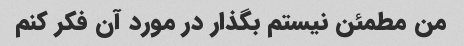
من مطمئن نیستم بگذار در مورد آن فکر کنم